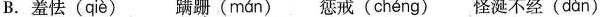
B.羞怯( qiè ) 蹒跚( mán ) 惩戒( chéng ) 怪诞不经( dàn )